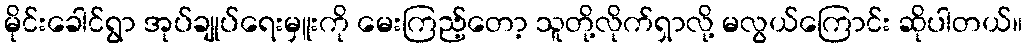
မိုင်းခေါင်ရွာ အုပ်ချုပ်ရေးမှူးကို မေးကြည့်တော့ သူတို့လိုက်ရှာလို့ မလွယ်ကြောင်း ဆိုပါတယ်။